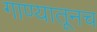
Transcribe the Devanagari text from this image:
गाण्यातूनच